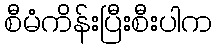
စီမံကိန်းပြီးစီးပါက